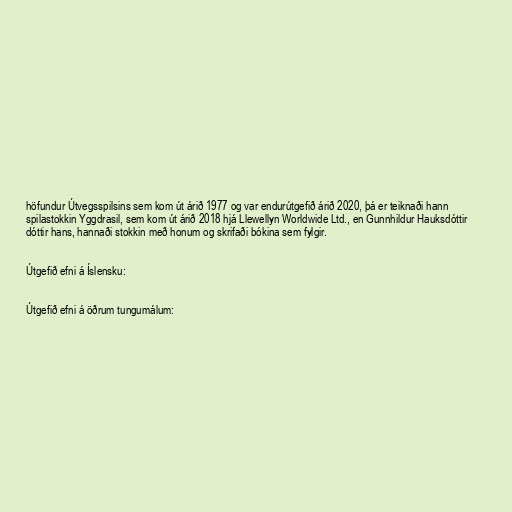
höfundur Útvegsspilsins sem kom út árið 1977 og var endurútgefið árið 2020, þá er teiknaði hann
spilastokkin Yggdrasil, sem kom út árið 2018 hjá Llewellyn Worldwide Ltd., en Gunnhildur Hauksdóttir
dóttir hans, hannaði stokkin með honum og skrifaði bókina sem fylgir.

Útgefið efni á Íslensku:

Útgefið efni á öðrum tungumálum: